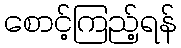
စောင့်ကြည့်ရန်